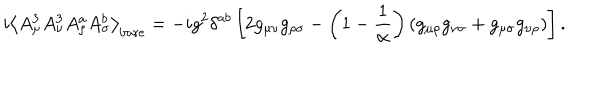
LaTeX: i \left< A _ { \mu } ^ { 3 } A _ { \nu } ^ { 3 } A _ { \rho } ^ { a } A _ { \sigma } ^ { b } \right> _ { \mathrm { b a r e } } = - i g ^ { 2 } \delta ^ { a b } \left[ 2 g _ { \mu \nu } g _ { \rho \sigma } - \left( 1 - \frac 1 \alpha \right) ( g _ { \mu \rho } g _ { \nu \sigma } + g _ { \mu \sigma } g _ { \nu \rho } ) \right] .